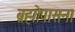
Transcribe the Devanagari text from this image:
ब्रह्मोपासना